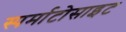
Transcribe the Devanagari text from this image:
स्पर्माटोसाइट